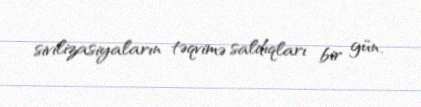
sivilizasiyaların təqvimə saldıqları bir gün.